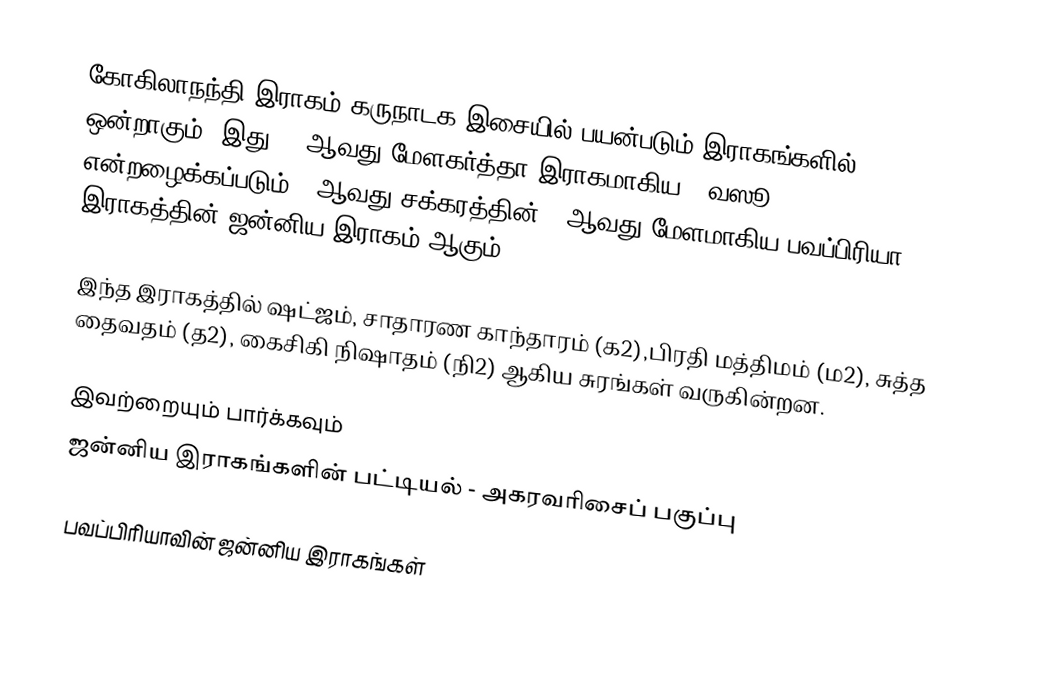
கோகிலாநந்தி இராகம் கருநாடக இசையில் பயன்படும் இராகங்களில் ஒன்றாகும். இது 44 ஆவது மேளகர்த்தா இராகமாகிய, "வஸூ" என்றழைக்கப்படும் 7 ஆவது சக்கரத்தின் 2 ஆவது மேளமாகிய பவப்பிரியா இராகத்தின் ஜன்னிய இராகம் ஆகும்.

இந்த இராகத்தில் ஷட்ஜம், சாதாரண காந்தாரம் (க2),பிரதி மத்திமம் (ம2), சுத்த தைவதம் (த2), கைசிகி நிஷாதம்  (நி2) ஆகிய சுரங்கள் வருகின்றன.

இவற்றையும் பார்க்கவும்
 ஜன்னிய இராகங்களின் பட்டியல் - அகரவரிசைப் பகுப்பு

பவப்பிரியாவின் ஜன்னிய இராகங்கள்